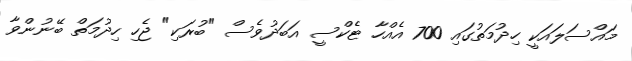
މައްސަލައަކީ ހިދުމަތުގައި 700 އެއްހާ ޓެކްސީ އަބަދުވެސް "ބުރަކި" ޖެހި ހިދުމަތް ބޭނުންވާ